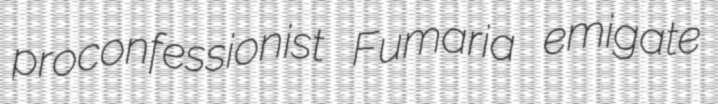
proconfessionist Fumaria emigate